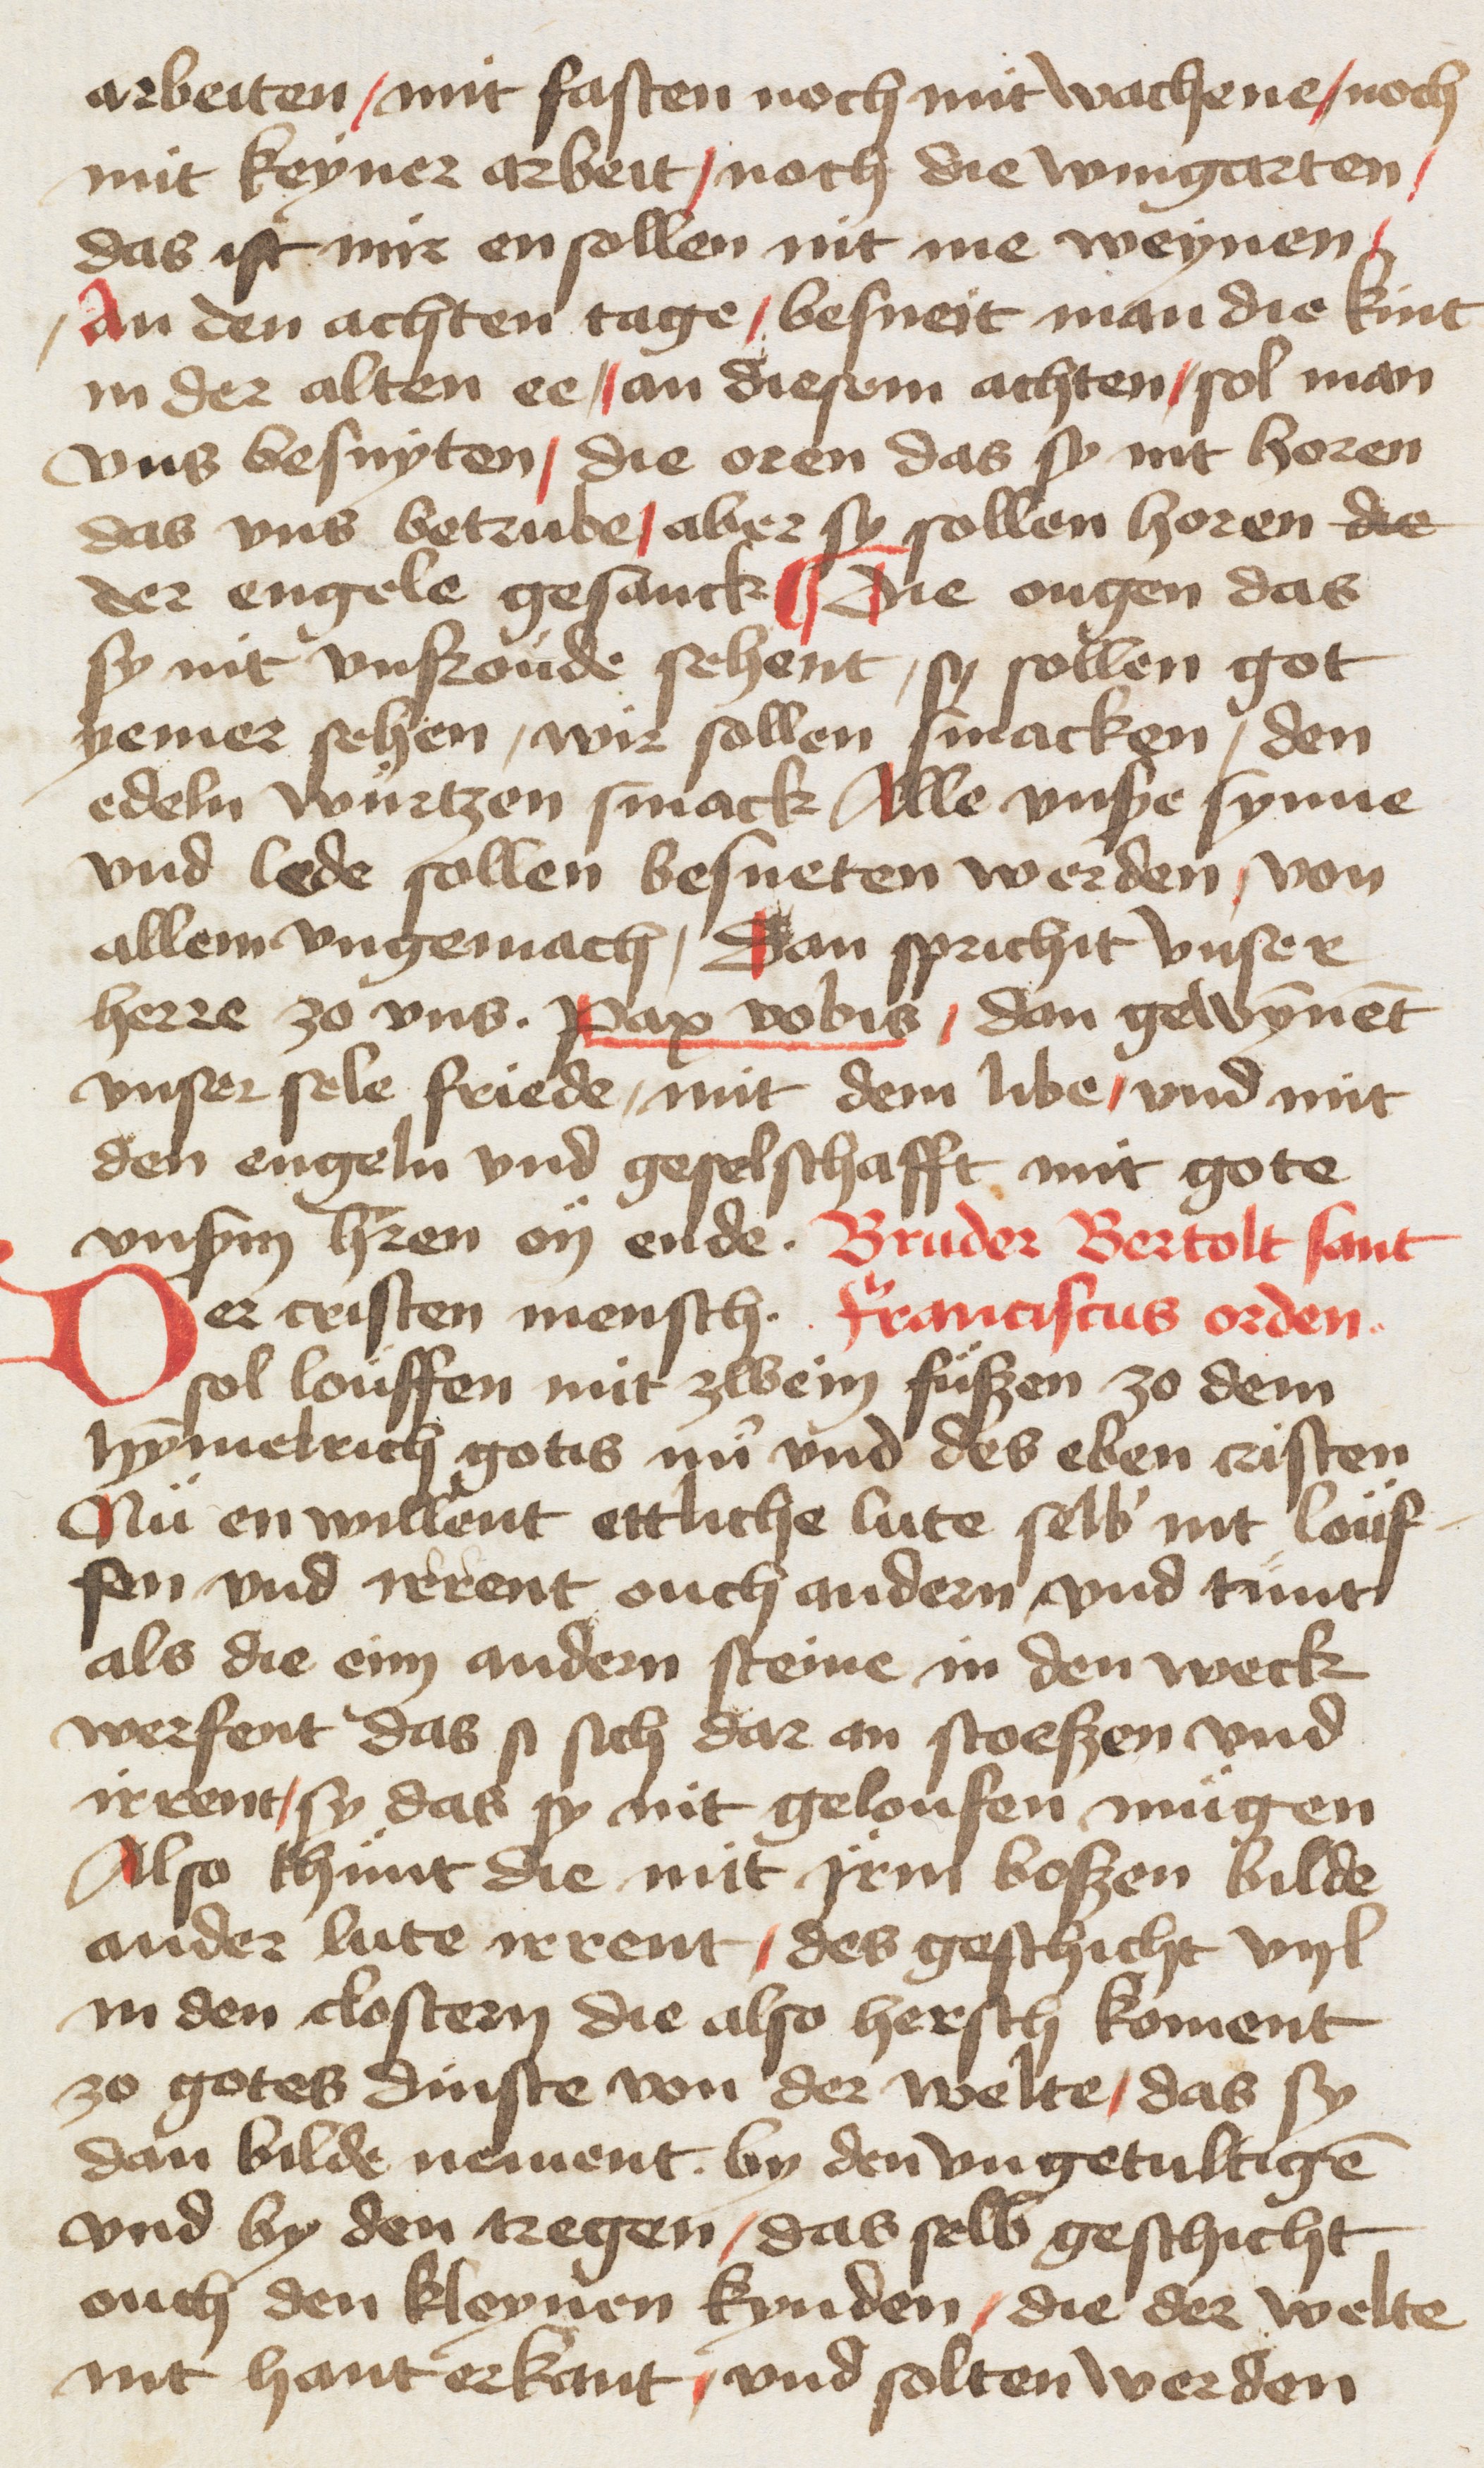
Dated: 1400–1499